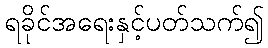
ရခိုင်အရေးနှင့်ပတ်သက်၍